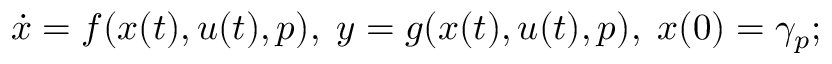
\begin{array} { r } { \dot { x } = f ( x ( t ) , u ( t ) , p ) , \; y = g ( x ( t ) , u ( t ) , p ) , \; x ( 0 ) = \gamma _ { p } ; } \end{array}